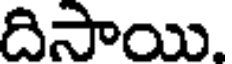
దిసాయి.